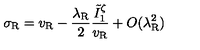
\sigma _ { \mathrm { R } } = v _ { \mathrm { R } } - \frac { \lambda _ { \mathrm { R } } } { 2 } \frac { \tilde { I } _ { 1 } ^ { \zeta } } { v _ { \mathrm { R } } } + O ( \lambda _ { \mathrm { R } } ^ { 2 } )